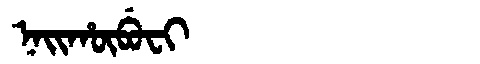
Manchu: ᠨᠠᡳᡥᡡᠪᡠᠸᡳ
Romanization: NAIHŪBUFI